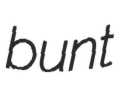
bunt